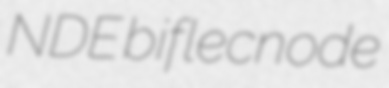
NDE biflecnode